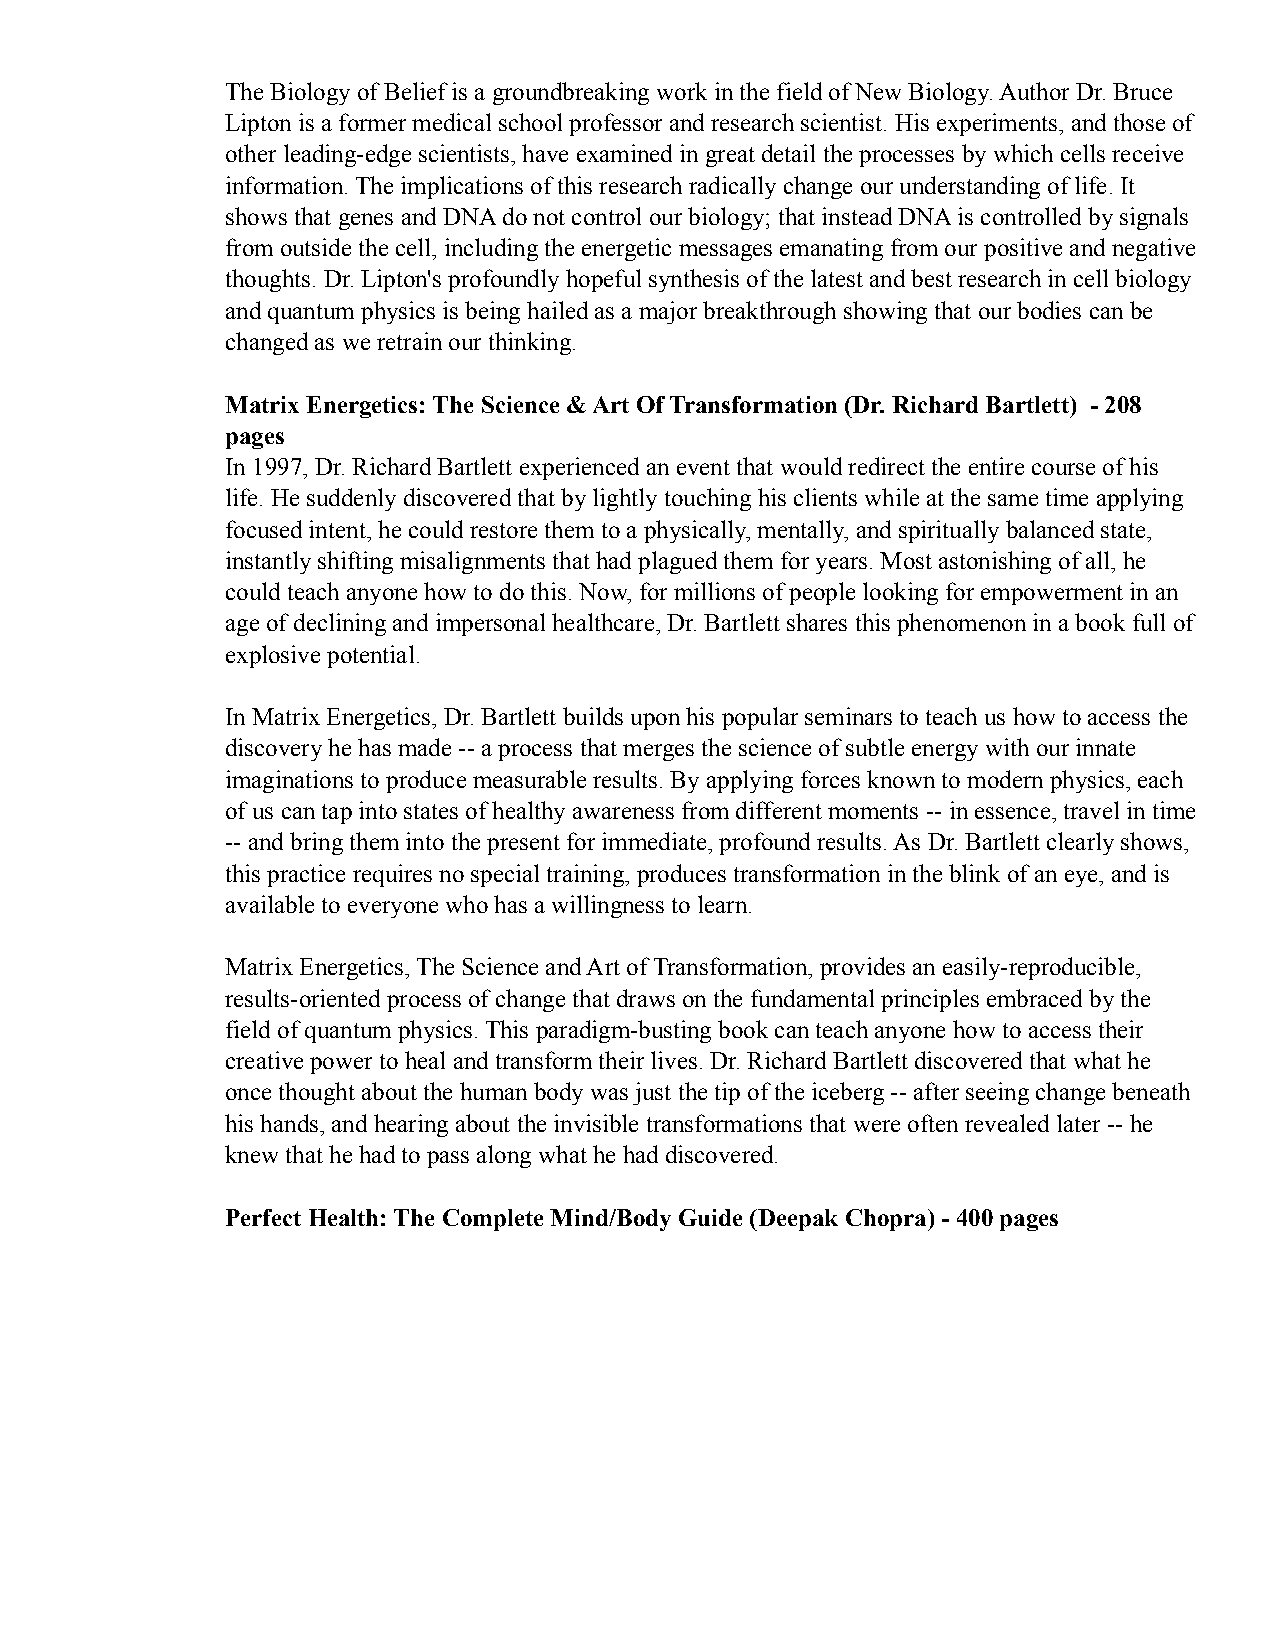
The Biology of Belief is a groundbreaking work in the field of New Biology. Author Dr. Bruce
 Lipton is a former medical school professor and research scientist. His experiments, and those of
 other leading-edge scientists, have examined in great detail the processes by which cells receive
 information. The implications of this research radically change our understanding of life. It
 shows that genes and DNA do not control our biology; that instead DNA is controlled by signals
 from outside the cell, including the energetic messages emanating from our positive and negative
 thoughts. Dr. Lipton's profoundly hopeful synthesis of the latest and best research in cell biology
 and quantum physics is being hailed as a major breakthrough showing that our bodies can be
 changed as we retrain our thinking.
 Matrix Energetics: The Science & Art Of Transformation (Dr. Richard Bartlett) - 208
 pages
 In 1997, Dr. Richard Bartlett experienced an event that would redirect the entire course of his
 life. He suddenly discovered that by lightly touching his clients while at the same time applying
 focused intent, he could restore them to a physically, mentally, and spiritually balanced state,
 instantly shifting misalignments that had plagued them for years. Most astonishing of all, he
 could teach anyone how to do this. Now, for millions of people looking for empowerment in an
 age of declining and impersonal healthcare, Dr. Bartlett shares this phenomenon in a book full of
 explosive potential.
 In Matrix Energetics, Dr. Bartlett builds upon his popular seminars to teach us how to access the
 discovery he has made -- a process that merges the science of subtle energy with our innate
 imaginations to produce measurable results. By applying forces known to modern physics, each
 of us can tap into states of healthy awareness from different moments -- in essence, travel in time
 -- and bring them into the present for immediate, profound results. As Dr. Bartlett clearly shows,
 this practice requires no special training, produces transformation in the blink of an eye, and is
 available to everyone who has a willingness to learn.
 Matrix Energetics, The Science and Art of Transformation, provides an easily-reproducible,
 results-oriented process of change that draws on the fundamental principles embraced by the
 field of quantum physics. This paradigm-busting book can teach anyone how to access their
 creative power to heal and transform their lives. Dr. Richard Bartlett discovered that what he
 once thought about the human body was just the tip of the iceberg -- after seeing change beneath
 his hands, and hearing about the invisible transformations that were often revealed later -- he
 knew that he had to pass along what he had discovered.
 Perfect Health: The Complete Mind/Body Guide (Deepak Chopra) - 400 pages